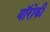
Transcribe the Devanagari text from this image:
बॉरोकी